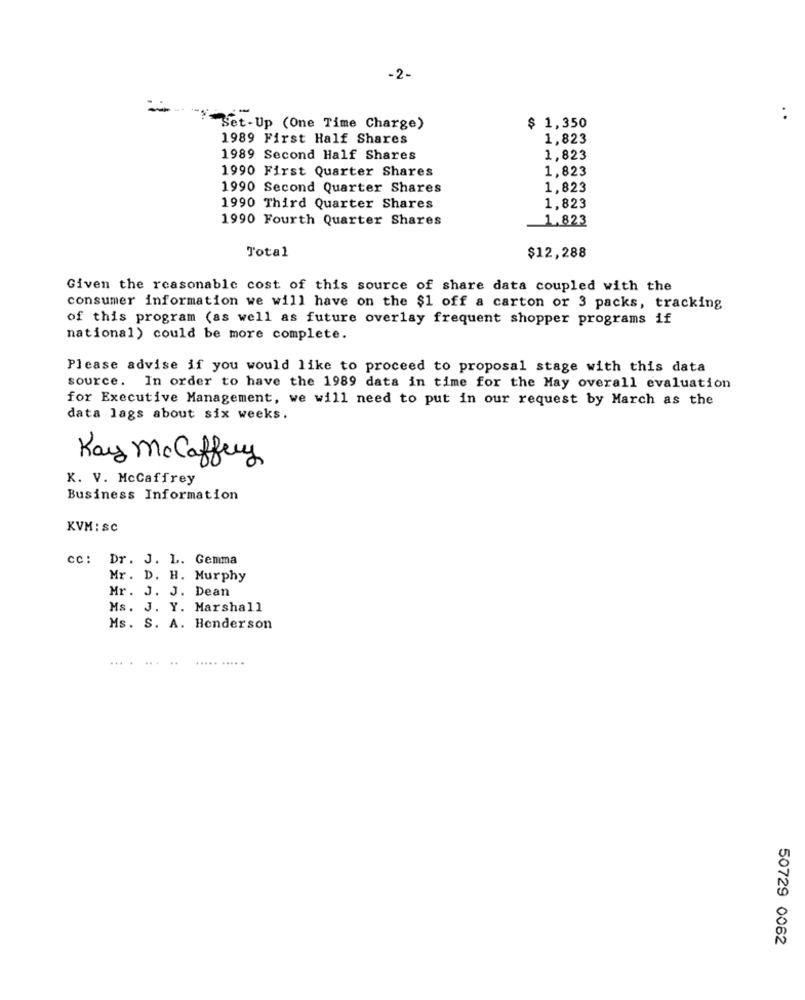
-2-
#Set-Up (One Time Charge)
$ 1,350
1989 First Half Shares
1,823
1989 Second Half Shares
1,823
1990 First Quarter Shares
1,823
1990 Second Quarter Shares
1,823
1990 Third Quarter Shares
1,823
1990 Fourth Quarter Shares
1.823
Total
$12,288
Given the reasonable cost of this source of share data coupled with the
consumer information we will have on the $1 off a carton or 3 packs, tracking
of this program (as well as future overlay frequent shopper programs if
national) could be more complete.
Please advise if you would like to proceed to proposal stage with this data
source. In order to have the 1989 data in time for the May overall evaluation
for Executive Management, we will need to put in our request by March as the
data lags about six weeks.
Kay Mc Caffrey
K. V. McCaffrey
Business Information
KVM: SC
cc :
Dr. J. L. Gemma
Mr. D. H. Murphy
Mr. J. J. Dean
Ms. J. Y. Marshall
Ms. S. A. Henderson
... .
50729 0062